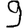
Digit: 9